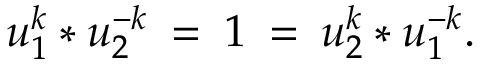
u _ { 1 } ^ { k } * u _ { 2 } ^ { - k } \: = \: 1 \: = \: u _ { 2 } ^ { k } * u _ { 1 } ^ { - k } .